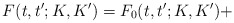
\begin{align*}F(t,t^{\prime };K,K^{\prime })=F_{0}(t,t^{\prime };K,K^{\prime })+\end{align*}